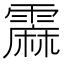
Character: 𲊇